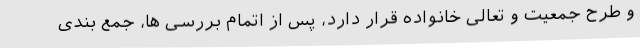
و طرح جمعیت و تعالی خانواده قرار دارد، پس از اتمام بررسی ها، جمع بندی